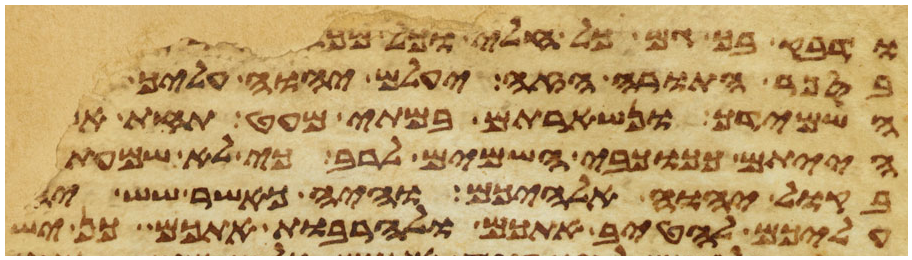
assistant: ודבק בך גם כל חלי וכל מכה
בספר התורה הזה יעלם יהוה עליך
השמידך ונשארתם במתי מעט תחת אשר
הייתם ככוכבי השמים לרב כי לא שמעתם
בקול יהוה אלהיכם והיה כאשר שש
עליכם להטיב אתכם ולהרבות אתכם כן ישש